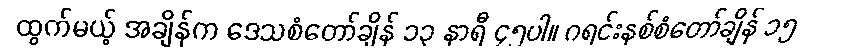
ထွက်မယ့် အချိန်က ဒေသစံတော်ချိန် ၁၃ နာရီ ၄၅ပါ။ ဂရင်းနစ်စံတော်ချိန် ၁၅